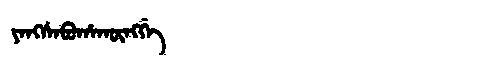
Manchu: ᠶᠠᠩᠰᠠᠪᡠᡥᠠᡴᡡᠩᡤᡝ
Romanization: YANGSABUHAKŪNGGE